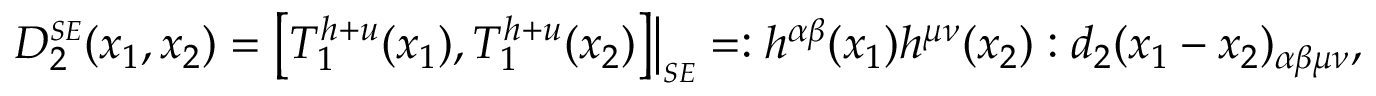
D _ { 2 } ^ { \scriptscriptstyle S E } ( x _ { 1 } , x _ { 2 } ) = \bigl [ T _ { 1 } ^ { h + u } ( x _ { 1 } ) , T _ { 1 } ^ { h + u } ( x _ { 2 } ) \bigr ] \bigr | _ { \scriptscriptstyle S E } = : h ^ { \alpha \beta } ( x _ { 1 } ) h ^ { \mu \nu } ( x _ { 2 } ) : d _ { 2 } ( x _ { 1 } - x _ { 2 } ) _ { \alpha \beta \mu \nu } ,